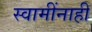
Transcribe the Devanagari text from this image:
स्वामींनाही